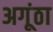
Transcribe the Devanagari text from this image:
अगूंठा